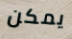
يمكن